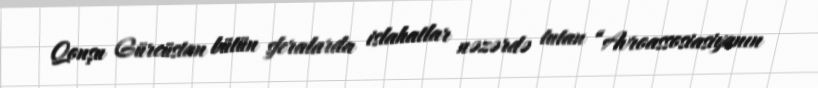
Qonşu Gürcüstan bütün sferalarda islahatlar nəzərdə tutan “Avroassosiasiyanın